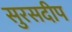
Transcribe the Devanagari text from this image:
सुरसदीप